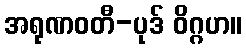
အရုဏဝတီ-ပုဒ် ဝိဂ္ဂဟ။